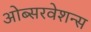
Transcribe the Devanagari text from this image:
ओब्सरवेशन्स